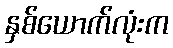
နှစ်ယောက်လုံးက